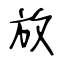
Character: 放